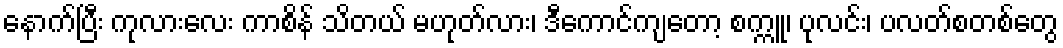
နောက်ပြီး ကုလားလေး ကာစိန် သိတယ် မဟုတ်လား၊ ဒီကောင်ကျတော့ စက္ကူ၊ ပုလင်း၊ ပလတ်စတစ်တွေ